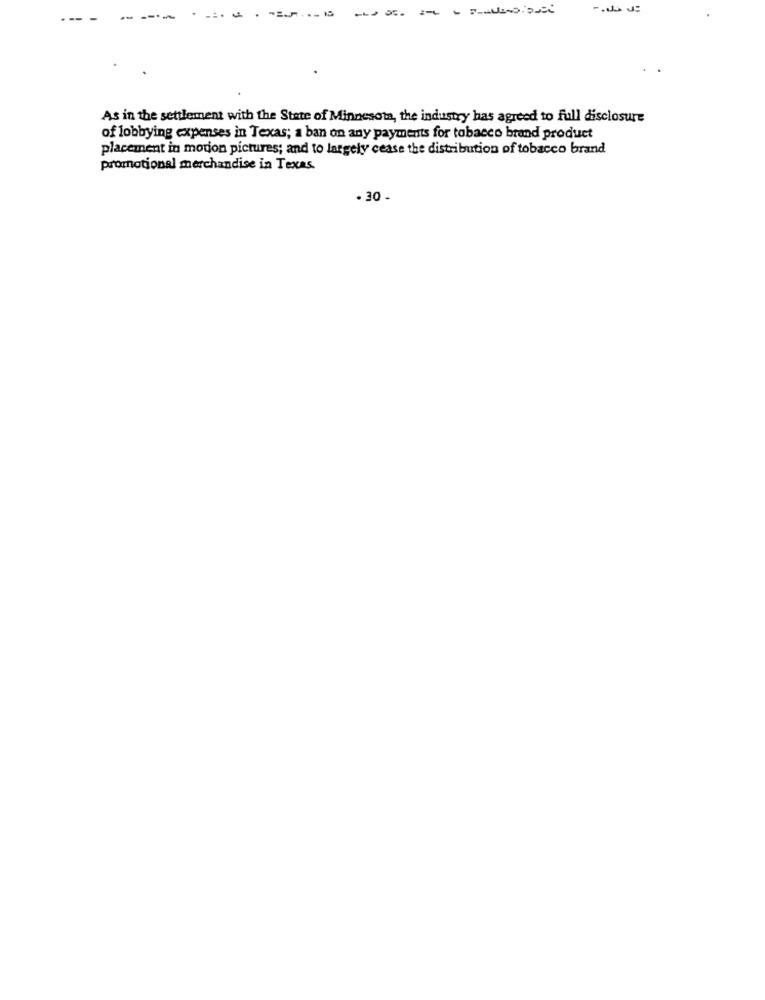
----
---
As in the settlement with the State of Minnesota, the industry has agreed to full disclosure
of lobbying expenses in Texas; a ban on any payments for tobacco brand product
placement in modon pictures; and to largely cease the distribution of tobacco brand
promotional merchandise in Texas.
. 30.